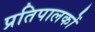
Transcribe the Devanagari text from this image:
प्रतिपालकों